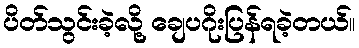
ပိတ်သွင်းခဲ့လို့ ချေပဂိုးပြန်ရခဲ့တယ်။